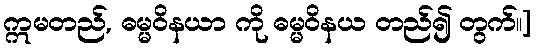
ဣမတည်, ဓမ္မဝိနယာ ကို ဓမ္မဝိနယ တည်၍ တွက်။]